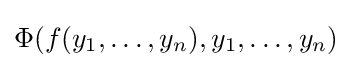
\Phi (f(y_{1},\ldots ,y_{n}),y_{1},\ldots ,y_{n})